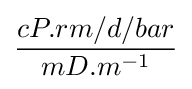
{\frac {cP.rm/d/bar}{mD.m^{-1}}}